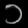
Digit: ၁